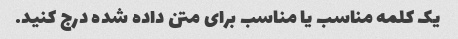
یک کلمه مناسب یا مناسب برای متن داده شده درج کنید.